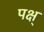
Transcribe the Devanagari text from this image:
पक्ष्